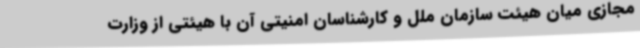
مجازی میان هیئت سازمان ملل و کارشناسان امنیتی آن با هیئتی از وزارت